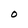
Character: 0